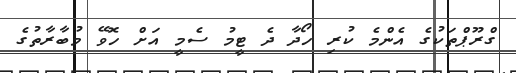
ގްރޫޕްތަކުގެ އެންމެ ކުރި ހޯދާ ދެ ޓީމު ސެމީ އަށް ހޮވޭ މުބާރާތުގެ